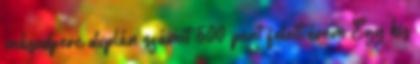
másodperc duplán számít 500 pont felett érem Egy kis